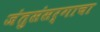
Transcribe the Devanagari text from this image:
जंतुसंसर्गाचा